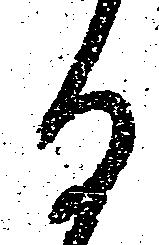
る